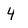
Character: 4